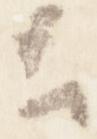
云